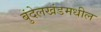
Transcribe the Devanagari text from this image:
बुंदेलखंडमधील